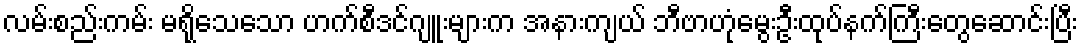
လမ်းစည်းကမ်း မရိုသေသော ဟက်စီဒင်ဂျူးများက အနားကျယ် ဘီဗာဟုံမွေးဦးထုပ်နက်ကြီးတွေဆောင်းပြီး